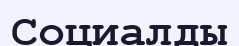
Социалды